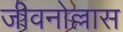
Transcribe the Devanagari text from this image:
जीवनोल्लास